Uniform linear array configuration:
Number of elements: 48
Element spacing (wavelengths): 0.75
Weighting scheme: hann
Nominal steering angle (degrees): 15
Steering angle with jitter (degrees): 14.188
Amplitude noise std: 0.05
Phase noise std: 0.05

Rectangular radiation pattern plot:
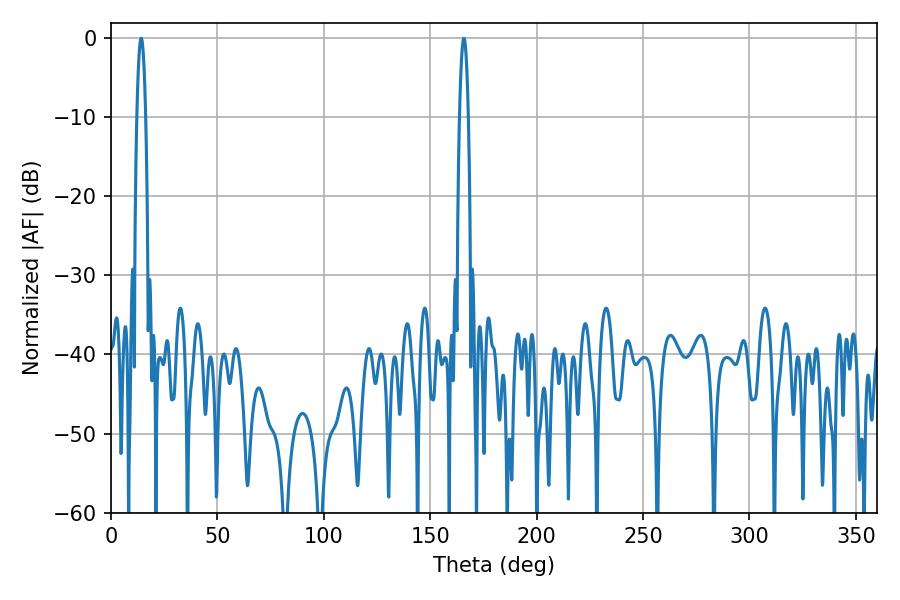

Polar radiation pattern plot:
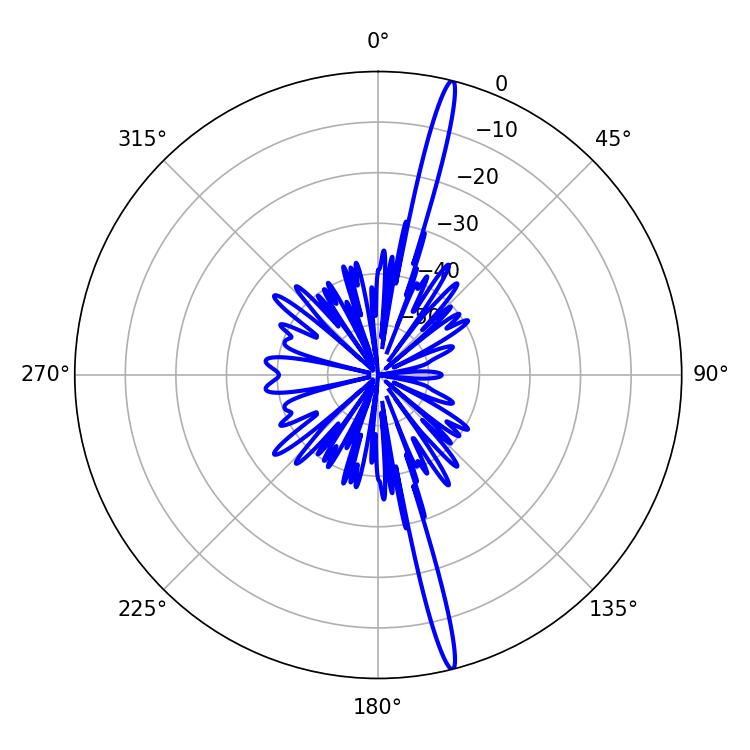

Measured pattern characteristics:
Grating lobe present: TRUE
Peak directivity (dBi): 19.726
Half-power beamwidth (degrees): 2.16
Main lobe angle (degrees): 165.78